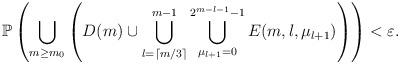
LaTeX: \begin{align*} \mathbb{P}\left(\bigcup_{m\geq m_0}\left(D(m)\cup\bigcup_{l=\lceil m/3\rceil}^{m-1}\bigcup_{\mu_{l+1}=0}^{2^{m-l-1}-1}E(m,l,\mu_{l+1})\right)\right)<\varepsilon.\end{align*}